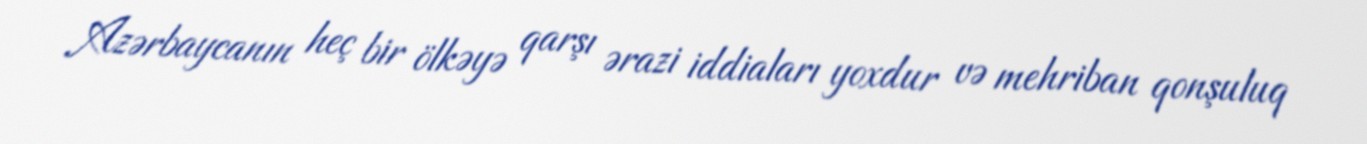
Azərbaycanın heç bir ölkəyə qarşı ərazi iddiaları yoxdur və mehriban qonşuluq